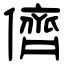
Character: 儕